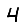
Digit: 4